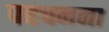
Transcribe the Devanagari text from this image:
पहचनना